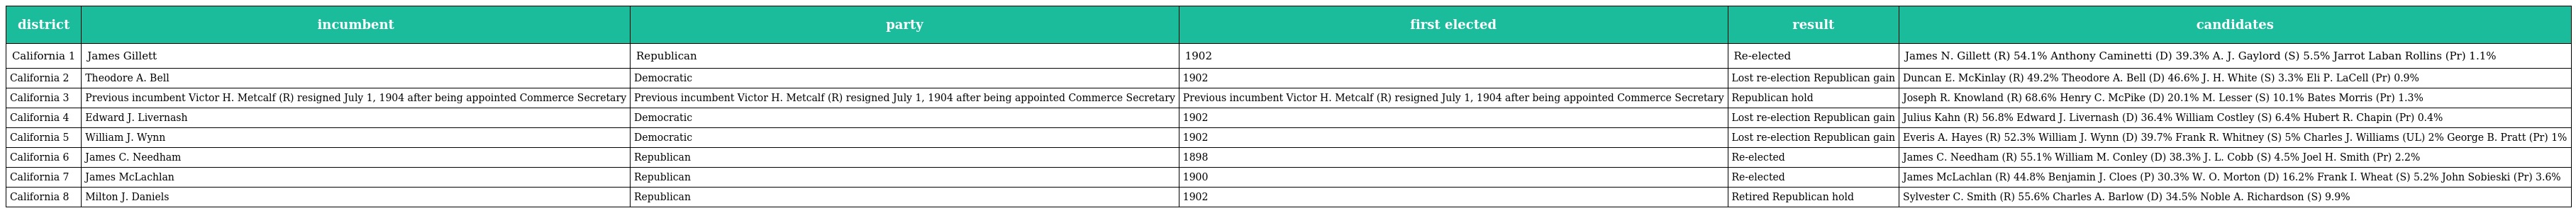
| district | incumbent | party | first elected | result | candidates |
 | --- | --- | --- | --- | --- | --- |
 | California 1 | James Gillett | Republican | 1902 | Re-elected | James N. Gillett (R) 54.1% Anthony Caminetti (D) 39.3% A. J. Gaylord (S) 5.5% Jarrot Laban Rollins (Pr) 1.1% |
 | California 2 | Theodore A. Bell | Democratic | 1902 | Lost re-election Republican gain | Duncan E. McKinlay (R) 49.2% Theodore A. Bell (D) 46.6% J. H. White (S) 3.3% Eli P. LaCell (Pr) 0.9% |
 | California 3 | Previous incumbent Victor H. Metcalf (R) resigned July 1, 1904 after being appointed Commerce Secretary | Previous incumbent Victor H. Metcalf (R) resigned July 1, 1904 after being appointed Commerce Secretary | Previous incumbent Victor H. Metcalf (R) resigned July 1, 1904 after being appointed Commerce Secretary | Republican hold | Joseph R. Knowland (R) 68.6% Henry C. McPike (D) 20.1% M. Lesser (S) 10.1% Bates Morris (Pr) 1.3% |
 | California 4 | Edward J. Livernash | Democratic | 1902 | Lost re-election Republican gain | Julius Kahn (R) 56.8% Edward J. Livernash (D) 36.4% William Costley (S) 6.4% Hubert R. Chapin (Pr) 0.4% |
 | California 5 | William J. Wynn | Democratic | 1902 | Lost re-election Republican gain | Everis A. Hayes (R) 52.3% William J. Wynn (D) 39.7% Frank R. Whitney (S) 5% Charles J. Williams (UL) 2% George B. Pratt (Pr) 1% |
 | California 6 | James C. Needham | Republican | 1898 | Re-elected | James C. Needham (R) 55.1% William M. Conley (D) 38.3% J. L. Cobb (S) 4.5% Joel H. Smith (Pr) 2.2% |
 | California 7 | James McLachlan | Republican | 1900 | Re-elected | James McLachlan (R) 44.8% Benjamin J. Cloes (P) 30.3% W. O. Morton (D) 16.2% Frank I. Wheat (S) 5.2% John Sobieski (Pr) 3.6% |
 | California 8 | Milton J. Daniels | Republican | 1902 | Retired Republican hold | Sylvester C. Smith (R) 55.6% Charles A. Barlow (D) 34.5% Noble A. Richardson (S) 9.9% |